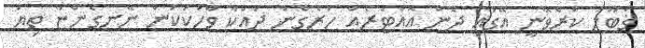
ޤަބޫލު ކުރެވޭނީ އޭގައި ދެން އޮއްޓަރެއް ހުރެގެން ދައްކާ ވާހަކަކަން ނޭނގެންޏާ ތިޔަ